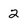
Character: 2